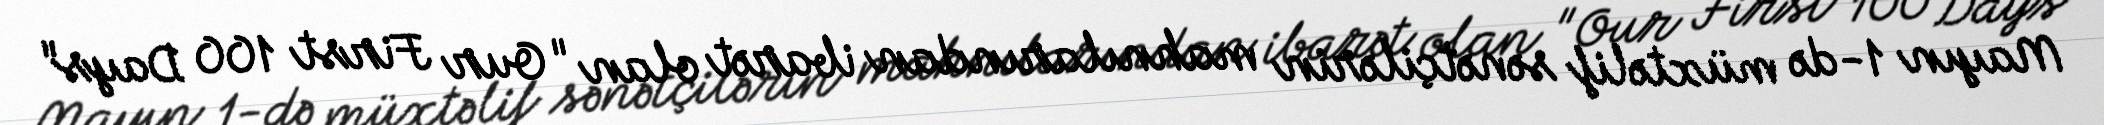
Mayın 1-də müxtəlif sənətçilərin mahnılarından ibarət olan "Our First 100 Days"